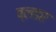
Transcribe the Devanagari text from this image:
ब्लडर